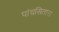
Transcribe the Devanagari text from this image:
पांचसितारा